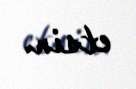
etsin.